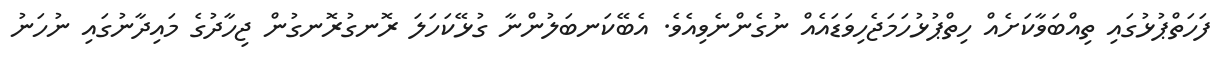
ފަހަތްޕުޅުގައި ތިއްބަވާކަށެއް ހިތްޕުޅުހަމަޖެހިވަޑައެއް ނުގެންނެވިއެވެ. އެބޭކަނބަލުންނާ ގުޅޭކަހަލަ ރޮނގުރޮނގުން ޖިހާދުގެ މައިދާނުގައި ނުހަނު